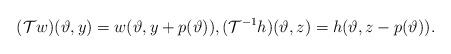
LaTeX: \begin{align*}(\mathcal{T} w)(\vartheta, y)=w(\vartheta, y+p(\vartheta)), (\mathcal{T}^{-1} h)(\vartheta, z)=h(\vartheta, z-p(\vartheta)).\end{align*}